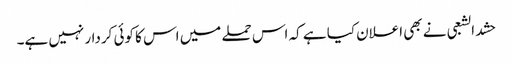
حشد الشعبی نے بھی اعلان کیا ہے کہ اس حملے میں اس کا کوئی کردار نہیں ہے۔